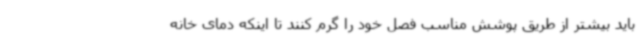
باید بیشتر از طریق پوشش مناسب فصل خود را گرم کنند تا اینکه دمای خانه